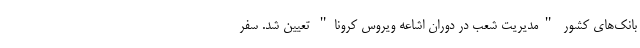
بانک‌های کشور "مدیریت شعب در دوران اشاعه ویروس کرونا" تعیین شد. سفر